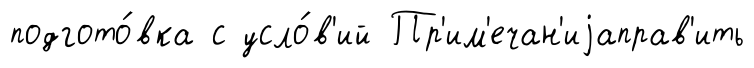
подгото́вка с усло́в'ий Пр'им'ечан'иjаправ'ить